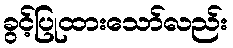
ခွင့်ပြုထားသော်လည်း